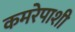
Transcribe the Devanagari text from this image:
कमरेपाशी